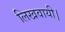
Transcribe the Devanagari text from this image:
लिखवायी।